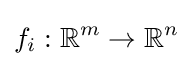
f_{i}:\mathbb {R} ^{m}\to \mathbb {R} ^{n}